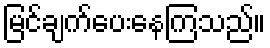
မြင်ချက်ပေးနေကြသည်။